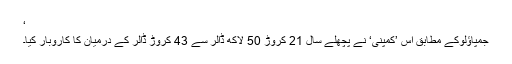
‘
جمپاؤلوکے مطابق اس ’کمپنی‘ نے پچھلے سال 21 کروڑ 50 لاکھ ڈالر سے 43 کروڑ ڈالر کے درمیان کا کاروبار کیا۔